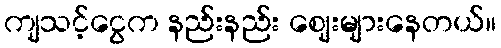
ကျသင့်ငွေက နည်းနည်း ဈေးများနေတယ်။